Plague in India, 1896, 1897 - Volume 2
Year: 1896
Disease focus: Plague
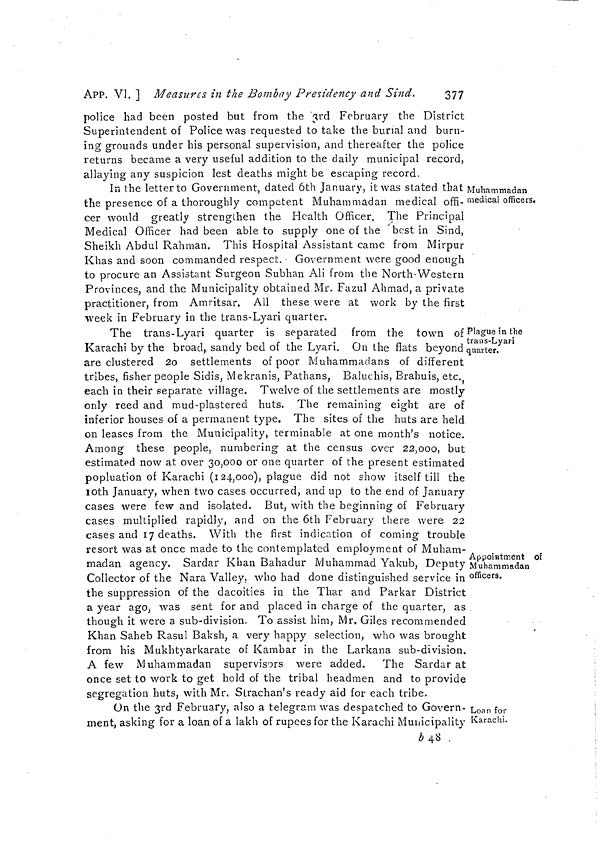
APP. VI. ] Measures in the Bombay Presidency and Sind.
377
police had been posted but from the 3rd February the District
Superintendent of Police was requested to take the burial and burn-
ing grounds under his personal supervision, and thereafter the police
returns became a very useful addition to the daily municipal record,
allaying any suspicion lest deaths might be escaping record.
Muhammadan
medical officers.
In the letter to Government, dated 6th January, it was stated that
the presence of a thoroughly competent Muhammadan medical offi-
cer would greatly strengthen the Health Officer. The Principal
Medical Officer had been able to supply one of the 'best in Sind,
Sheikh Abdul Rahman. This Hospital Assistant came from Mirpur
Khas and soon commanded respect. Government were good enough
to procure an Assistant Surgeon Subhan Ali from the North-Western
Provinces, and the Municipality obtained Mr, Fazul Ahmad, a private
practitioner, from Amritsar. All these were at work by the first
•week in February in the trans-Lyari quarter.
Plague in the
trans-Lyari
quarter.
The trans-Lyari quarter is separated from the town of
Karachi by the broad, sandy bed of the Lyari. On the flats beyond
are clustered 2o settlements of poor Muhammadans of different
tribes, fisher people Sidis, Mekranis, Pathans, Baluchis, Brahuis, etc.
each in their separate village. Twelve of the settlements are mostly
only reed and mud-plastered huts. The remaining eight are of
inferior houses of a permanent type. The sites of the huts are held
on leases from the Municipality, terminable at one month's notice.
Among these people, numbering at the census over 22,000, but
estimated now at over 30,000 or one quarter of the present estimated
popluation of Karachi (124,000), plague did not show itself till the
10th January, when two cases occurred, and up to the end of January
cases were few and isolated. But, with the beginning of February
cases multiplied rapidly, and on the 6th February there were 22
cases and 17 deaths. With the first indication of coming trouble
resort was at once made to the contemplated employment of Muham-
Appointment of
Muhammadan
officers.
madan agency. Sardar Khan Bahadur Muhammad Yakub, Deputy
Collector of the Nara Valley, who had done distinguished service in
the suppression of the dacoities in the Thar and Parkar District
a year ago, was sent for and placed in charge of the quarter, as
though it were a sub-division. To assist him, Mr. Giles recommended
Khan Saheb Rasul Baksh, a very happy selection, who was brought
from his Mukhtyarkarate of Kambar in the Larkana sub-division.
A few Muhammadan supervisors were added. The Sardar at
once set to work to get hold of the tribal headmen and to provide
segregation huts, with Mr. Strachan's ready aid for each tribe.
Loan for
Karachi.
On the 3rd February, also a telegram was despatched to Govern-
ment, asking for a loan of a lakh of rupees for the Karachi Municipality
b 48 .